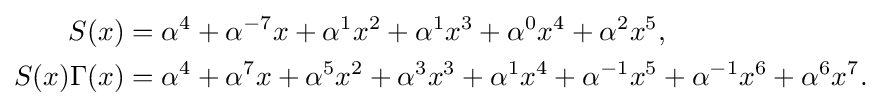
{\begin{aligned}S(x)&=\alpha ^{4}+\alpha ^{-7}x+\alpha ^{1}x^{2}+\alpha ^{1}x^{3}+\alpha ^{0}x^{4}+\alpha ^{2}x^{5},\\S(x)\Gamma (x)&=\alpha ^{4}+\alpha ^{7}x+\alpha ^{5}x^{2}+\alpha ^{3}x^{3}+\alpha ^{1}x^{4}+\alpha ^{-1}x^{5}+\alpha ^{-1}x^{6}+\alpha ^{6}x^{7}.\end{aligned}}